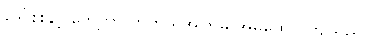
ဒေါ်စိုးနှင့် တွေ့ကာ တတိယအကြိမ် အိမ်ထောင်ကျသည်။